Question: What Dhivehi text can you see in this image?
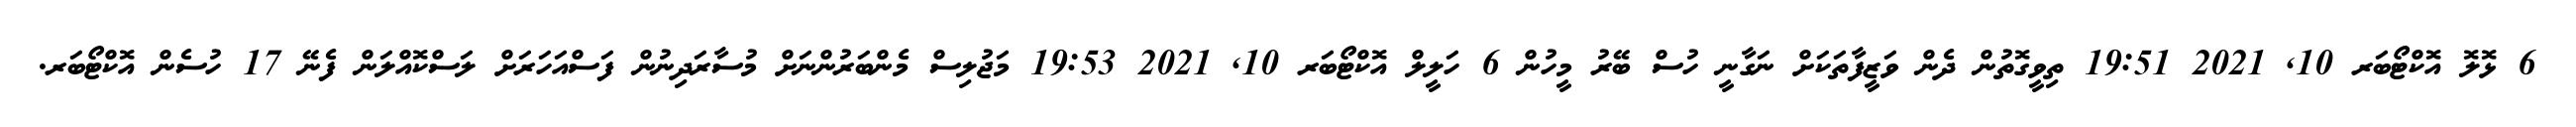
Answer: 6 ޅޮލޮ އޮކްޓޯބަރ 10, 2021 19:51 ތިވީގޮތުން ދެން ވަޒީފާތަކަށް ނަގާނީ ހުސް ބޭރު މީހުން 6 ހަލީލް އޮކްޓޯބަރ 10, 2021 19:53 މަޖުލިސް މެންބަރުންނަށް މުސާރަދިނުން ފަސްއަހަރަށް ލަސްކޮއްލަން ފެނޭ 17 ހުސެން އޮކްޓޯބަރ.